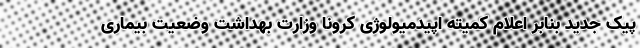
پیک جدید بنابر اعلام کمیته اپیدمیولوژی کرونا وزارت بهداشت وضعیت بیماری